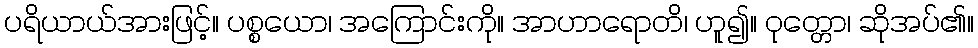
ပရိယာယ်အားဖြင့်။ ပစ္စယော၊ အကြောင်းကို။ အာဟာရောတိ၊ ဟူ၍။ ဝုတ္တော၊ ဆိုအပ်၏။